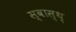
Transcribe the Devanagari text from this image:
स्वास्थ्